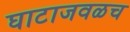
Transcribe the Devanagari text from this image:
घाटाजवळच